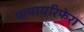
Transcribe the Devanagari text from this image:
पापायरिफेरा